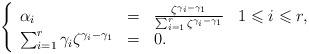
LaTeX: \begin{align*}\left\lbrace \begin{array}{lllll} \alpha_i & = & \frac{\zeta^{\gamma_i-\gamma_1}}{\sum_{i=1}^r \zeta^{\gamma_i-\gamma_1}}& 1\leqslant i \leqslant r, \\ \sum_{i=1}^r \gamma_i \zeta^{\gamma_i-\gamma_1} & = & 0. \end{array}\right. \end{align*}